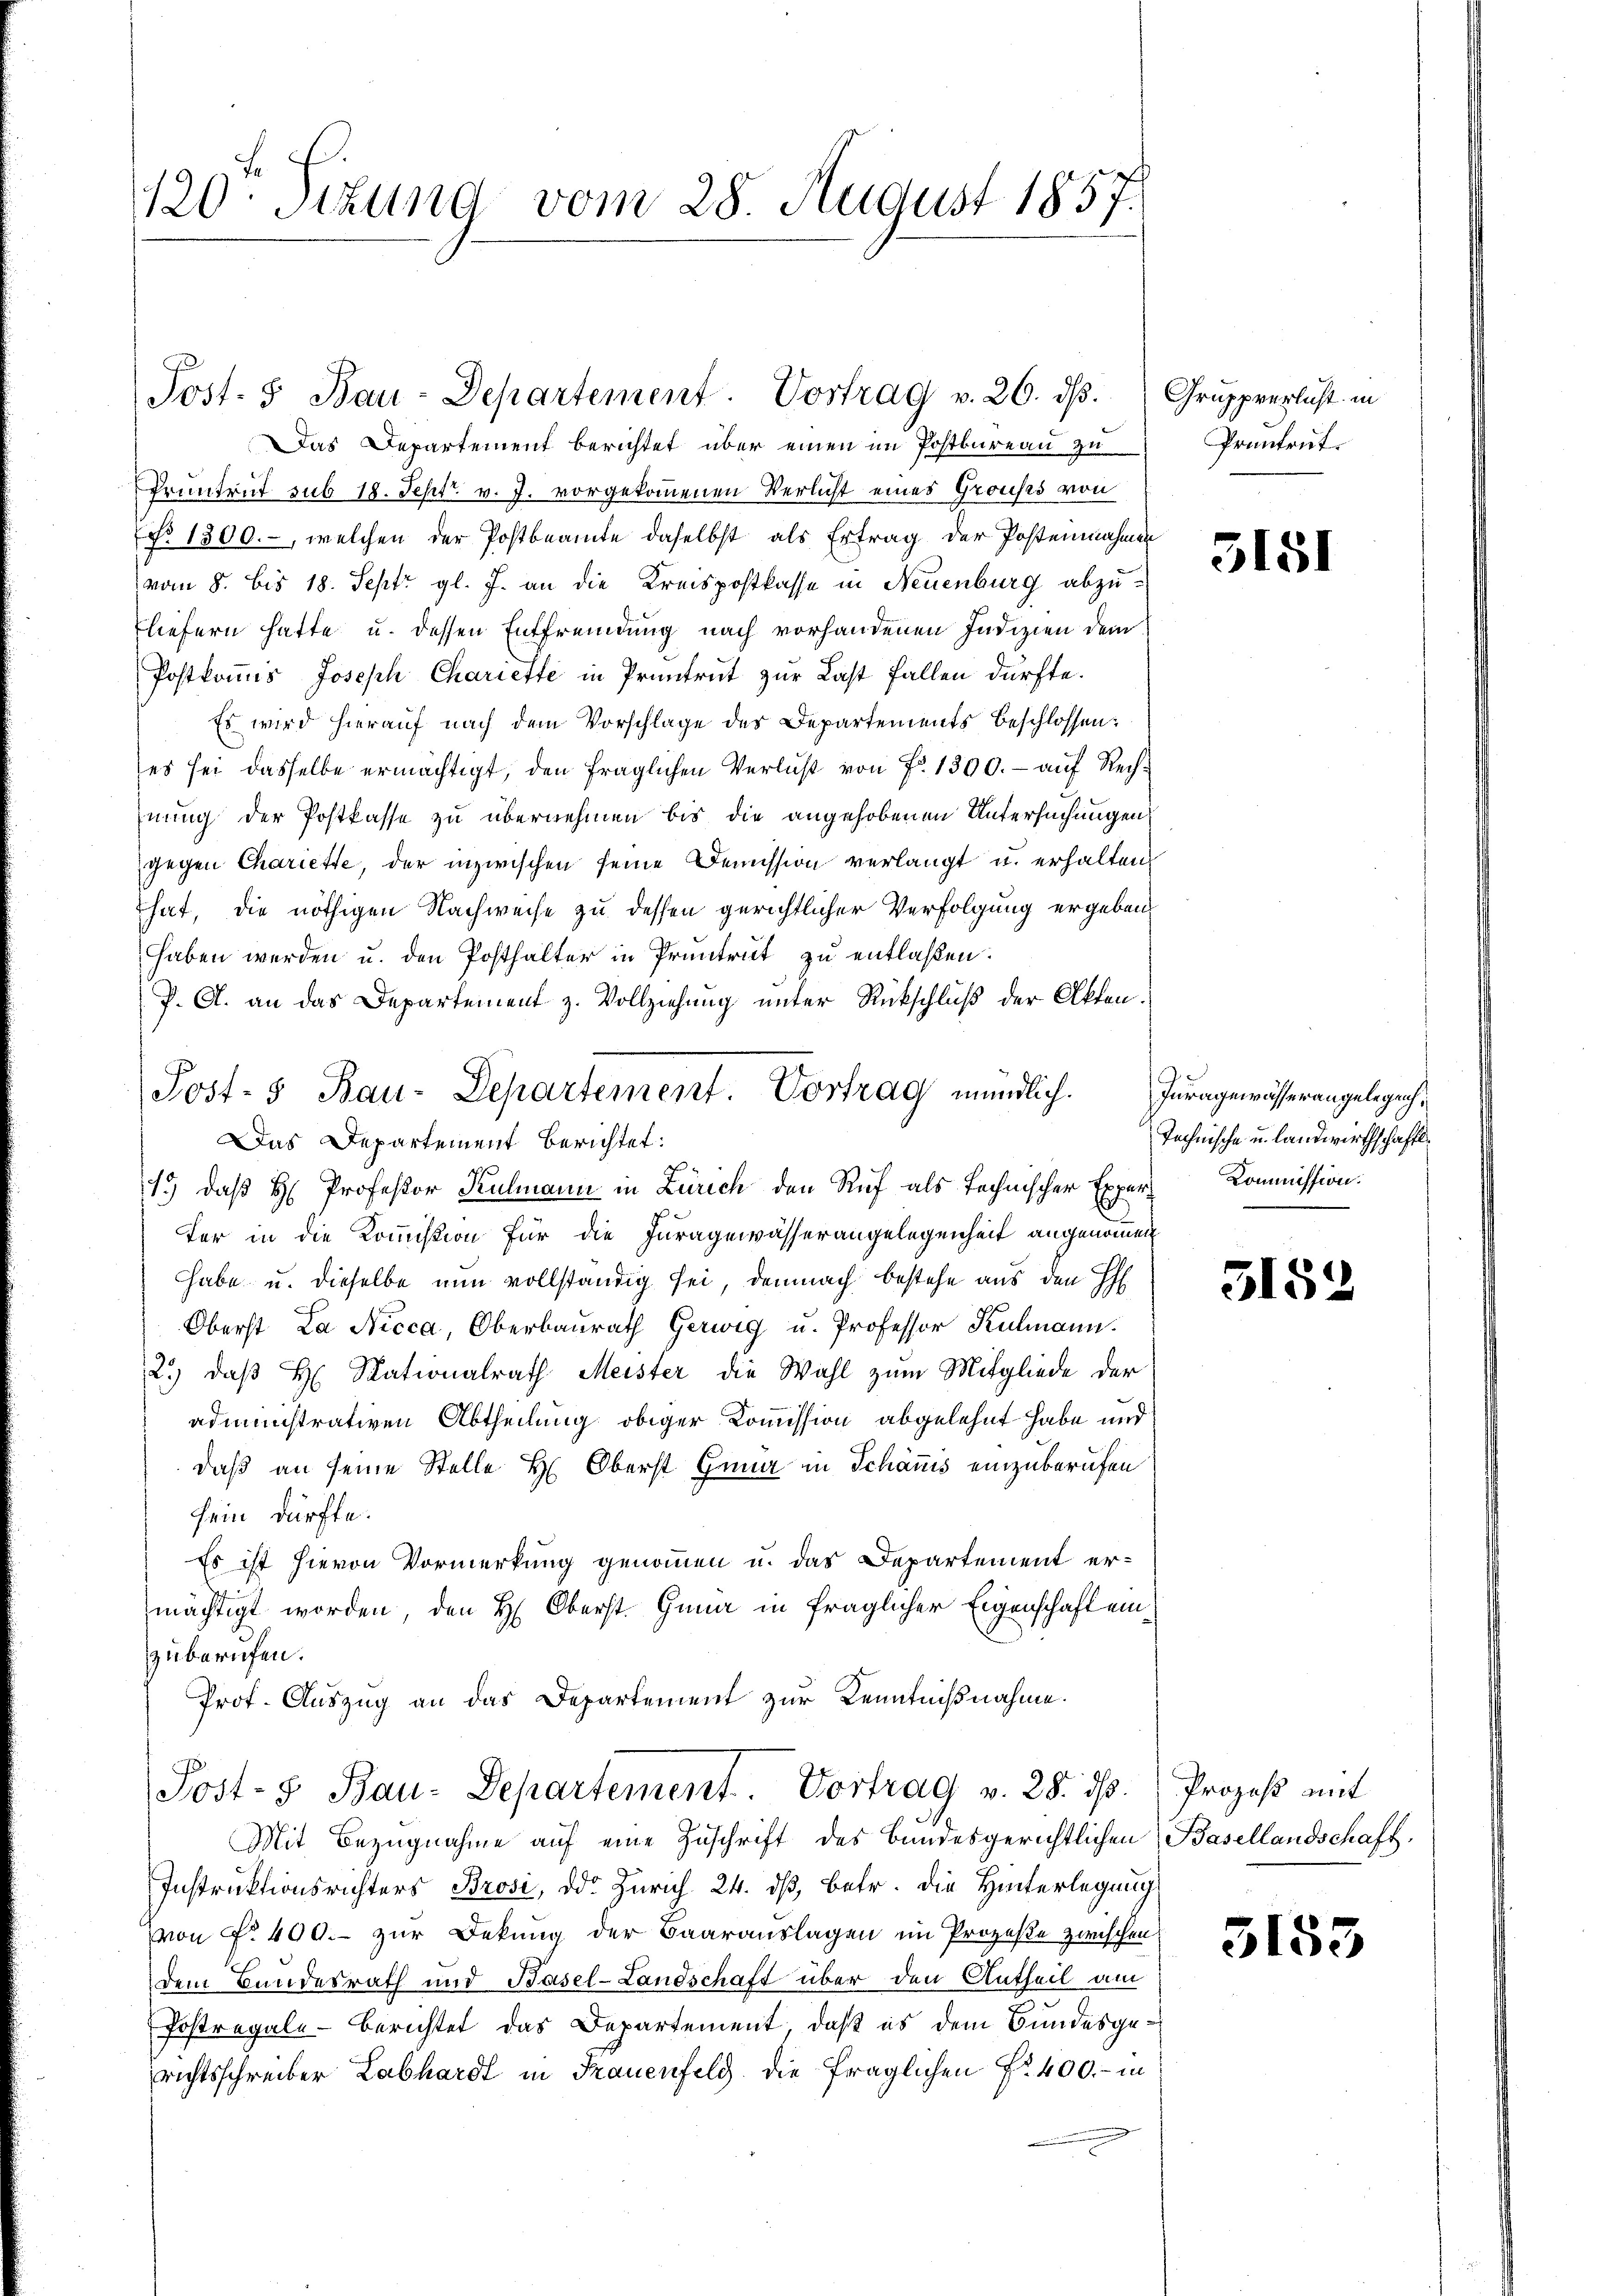
120. Sitzung vom 28. August 1857.

Post- & Bau-Departement. Vortrag v. 26. dβ.

Post-5 Bau-Departement. Vortrag mündlich. Juragewässerangelegen,

Das Departement berichtet über einen im Postbureau zu
Pruntrut sub 18. Sept. v. J. vorgekommenen Verlicht eines Grouses von
No 1300.-, welchen der Postbeamte daselbst als Ertrag der Postennahmen
vom 8. bis 18. Sept. gl. J. an die Kreispostkasse in Neuenburg abzuliefern hatte u. dessen Entfremdung nach vorhandenen Indizien dem
Postkomis Joseph Chariette in Pruntrut zur Last fallen dürfte.
Es wird hierauf nach dem Vorschlage des Departements beschlossen:
es sei dasselbe ermächtigt, den fraglichen Verlust von Fr. 1300. - auf Rechnung der Postkasse zu übernehmen bis die angehobenen Untersuchungen
gegen Chariette, der inzwischen seine Demission verlangt u. erhalten
hat, die nöthigen Nachweise zu dessen gerichtlicher Verfolgung ergeben,
haben werden u. den Posthalter in Pruntrut zu entlaßen.
P. Cl. an das Departement z. Vollziehung unter Rückschluß der Akten.
Das Departement berichtet:
15) daß H. Professor Kulmann in Zürich den Ruf als technischer Exper Kommission.
ter in die Kommission für die Juragewässerangelegenheit angenommen
habe u. dieselbe nun vollständig sei, demnach bestehe aus den H
Oberst La Nicca, Oberbaurath Gerweg u. Professor Kulmann.
2.) daß H. Rationalrath Meister die Wahl zum Mitgliede der
administrativen Abtheilung obiger Kommission abgelehnt habe und
daß an seine Stelle H: Oberst Gena in Schanis einzuberufen
sein dürfte.
Es ist hievon Vormerkung genommen u. das Departement erh
mächtigt worden, den H. Oberst. Gana in fraglicher Eigenschaft einzuberufen.
Prof. Auszug an das Departement zur Kenntnißnahme.
Post- & Bau-Departement. Vortrag v. 28. ds.
Mit Bezugnahme auf eine Zuschrift des Bundesgerichtlichen
Instruktionsrichters Brosi, das Zürich 24. dß, betr. die Hinterlegung
von No 400. zur Dekung der Baarauslagen im Prozeße zwischen
dem Bundesrath und Basel-Landschaft über den Antheil am
Postregale Berichtet das Departement, daß es dem Bundesgerichtsschreiber Labhardt in Frauenfeld. Die fraglichen No. 400.- in

Gruppverlicht in
Prüntrut.

3181

Technische u. landwirthschaftl.

3152

Prozeß mit
Basellandschaft.

5153